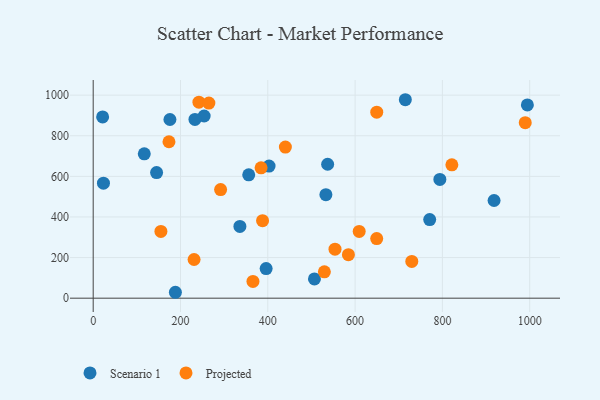
{"axis": {"x": "Engine Size", "y": "Salary"}, "legend": ["Projected", "Scenario 1"], "data": [{"x": "175.8", "y": 879.9, "type": "Scenario 1"}, {"x": "23.5", "y": 566.2, "type": "Scenario 1"}, {"x": "254.2", "y": 897.2, "type": "Scenario 1"}, {"x": "188.3", "y": 29.1, "type": "Scenario 1"}, {"x": "145.2", "y": 618.5, "type": "Scenario 1"}, {"x": "537.1", "y": 659.5, "type": "Scenario 1"}, {"x": "715.1", "y": 977.4, "type": "Scenario 1"}, {"x": "356.3", "y": 607.6, "type": "Scenario 1"}, {"x": "506.9", "y": 94.8, "type": "Scenario 1"}, {"x": "21.6", "y": 892.6, "type": "Scenario 1"}, {"x": "794.2", "y": 584.8, "type": "Scenario 1"}, {"x": "994.7", "y": 952.0, "type": "Scenario 1"}, {"x": "117.0", "y": 711.2, "type": "Scenario 1"}, {"x": "402.9", "y": 650.7, "type": "Scenario 1"}, {"x": "396.2", "y": 145.6, "type": "Scenario 1"}, {"x": "336.1", "y": 353.5, "type": "Scenario 1"}, {"x": "533.1", "y": 509.8, "type": "Scenario 1"}, {"x": "918.4", "y": 481.2, "type": "Scenario 1"}, {"x": "770.9", "y": 386.9, "type": "Scenario 1"}, {"x": "233.1", "y": 880.3, "type": "Scenario 1"}, {"x": "242.2", "y": 965.3, "type": "Projected"}, {"x": "384.6", "y": 642.0, "type": "Projected"}, {"x": "231.1", "y": 190.5, "type": "Projected"}, {"x": "821.7", "y": 656.7, "type": "Projected"}, {"x": "173.6", "y": 770.5, "type": "Projected"}, {"x": "609.4", "y": 328.7, "type": "Projected"}, {"x": "729.9", "y": 180.8, "type": "Projected"}, {"x": "366.0", "y": 82.4, "type": "Projected"}, {"x": "989.8", "y": 864.6, "type": "Projected"}, {"x": "554.0", "y": 241.2, "type": "Projected"}, {"x": "440.3", "y": 744.4, "type": "Projected"}, {"x": "388.0", "y": 381.7, "type": "Projected"}, {"x": "265.0", "y": 960.7, "type": "Projected"}, {"x": "529.6", "y": 129.6, "type": "Projected"}, {"x": "291.9", "y": 534.9, "type": "Projected"}, {"x": "155.1", "y": 328.9, "type": "Projected"}, {"x": "649.6", "y": 916.0, "type": "Projected"}, {"x": "649.5", "y": 293.7, "type": "Projected"}, {"x": "584.7", "y": 214.2, "type": "Projected"}]}